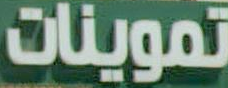
تموينات